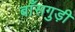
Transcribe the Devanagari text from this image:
बाँसगुड़ी